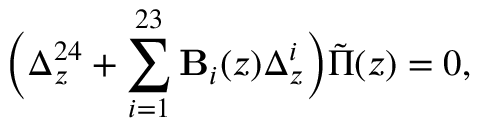
\biggl ( \Delta _ { z } ^ { 2 4 } + \sum _ { i = 1 } ^ { 2 3 } { \bf B } _ { i } ( z ) \Delta _ { z } ^ { i } \biggr ) \tilde { \Pi } ( z ) = 0 ,